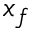
x _ { f }